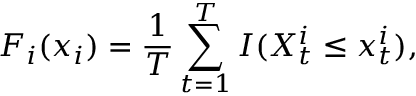
F _ { i } ( x _ { i } ) = \frac { 1 } { T } \sum _ { t = 1 } ^ { T } { I ( X _ { t } ^ { i } \leq x _ { t } ^ { i } ) } ,